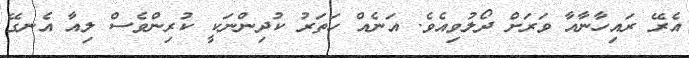
އެރޭ ރައިހާާނާއާ ވަރަށް ދޯލުވިއެވެ. އަނެއް ހަތަރު ކުދިންނަކީ ކުރިންވެސް ލިއާ އެނގޭ